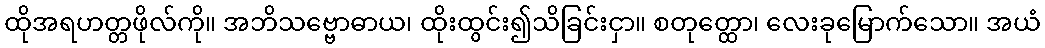
ထိုအရဟတ္တဖိုလ်ကို။ အဘိသဗ္ဗောဓာယ၊ ထိုးထွင်း၍သိခြင်းငှာ။ စတုတ္ထော၊ လေးခုမြောက်သော။ အယံ